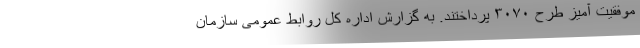
موفقیت آمیز طرح ۳۰۷۰ پرداختند. به گزارش اداره کل روابط عمومی سازمان